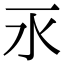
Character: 𣱳